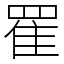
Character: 䍜